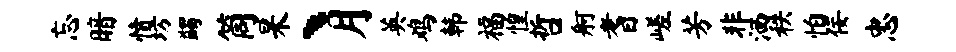
忘暗愤坊蠲筒杲丶月英鸡韩福惶哲舸耆嵯芳非洒秩怕佞忠